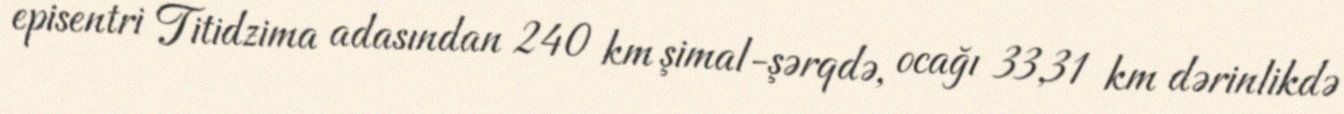
episentri Titidzima adasından 240 km şimal-şərqdə, ocağı 33,31 km dərinlikdə